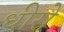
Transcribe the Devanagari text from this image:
धीरो